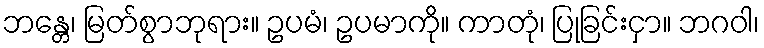
ဘန္တေ၊ မြတ်စွာဘုရား။ ဥပမံ၊ ဥပမာကို။ ကာတုံ၊ ပြုခြင်းငှာ။ ဘဂဝါ၊